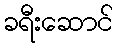
ခရီးဆောင်